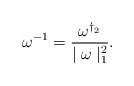
\begin{align*}\omega^{-1}=\frac{\omega^{\dag_2}}{\mid\omega\mid_1^2}.\end{align*}